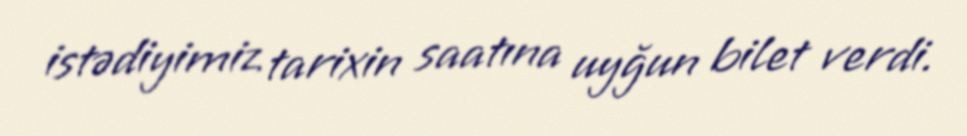
istədiyimiz tarixin saatına uyğun bilet verdi.